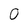
Character: 0